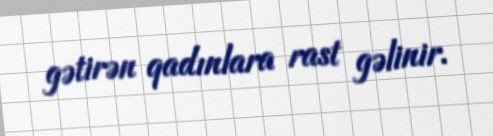
gətirən qadınlara rast gəlinir.